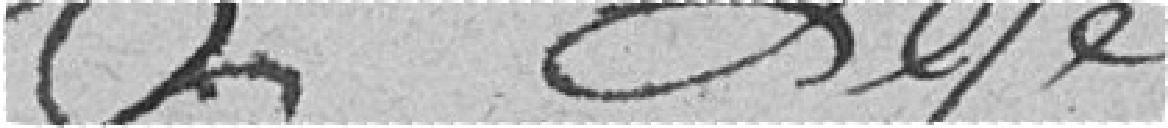
légé